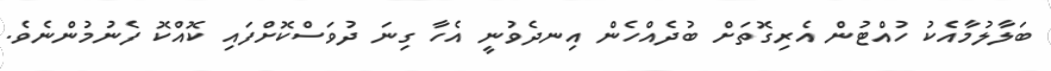
ބަލާލުމާއެކު ހުއްޓުން އެރިގޮތަށް ބުދެއްހެން އިނދެވުނީ އެހާ ގިނަ ދުވަސްކޮށްފައި ކޮއްކޮ ފެނުމުންނެވެ.